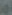
و